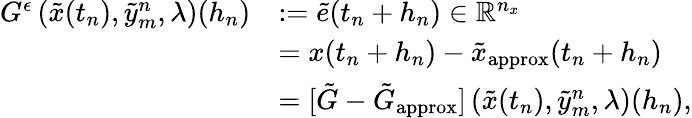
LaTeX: \begin{array}{rl}{G^{\epsilon}\left(\tilde{x}(t_{n}),\tilde{y}_{m}^{n},\lambda\right)(h_{n})}&{:=\tilde{e}(t_{n}+h_{n})\in\mathbb{R}^{n_{x}}}\\ &{=x(t_{n}+h_{n})-\tilde{x}_{\mathrm{approx}}(t_{n}+h_{n})}\\ &{=[\tilde{G}-\tilde{G}_{\mathrm{approx}}]\left(\tilde{x}(t_{n}),\tilde{y}_{m}^{n},\lambda\right)(h_{n}),}\end{array}